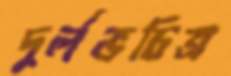
দুর্লভচিত্র